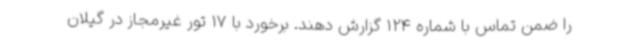
را ضمن تماس با شماره 124 گزارش دهند. برخورد با 17 تور غیرمجاز در گیلان